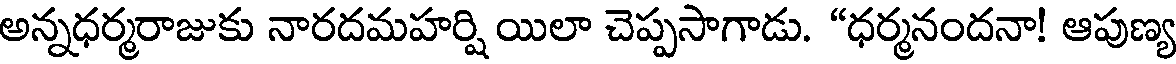
అన్నధర్మరాజుకు నారదమహర్షి యిలా చెప్పసాగాడు. "ధర్మనందనా! ఆపుణ్య